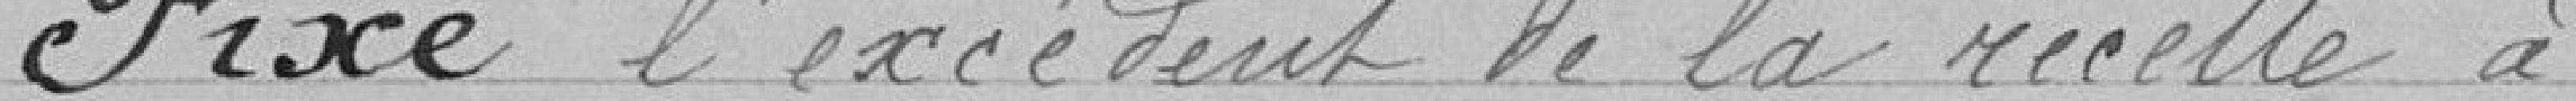
Fixe l'excédent de la recette à . . . . .147.461.61